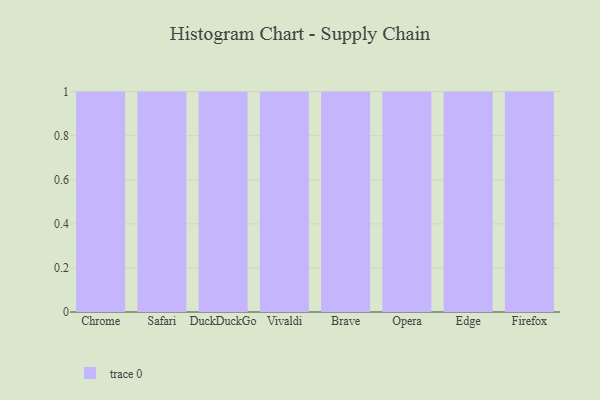
{"axis": {"x": "Browser", "y": "Headcount"}, "legend": [""], "data": [{"x": "Chrome", "y": 64, "type": ""}, {"x": "Safari", "y": 89, "type": ""}, {"x": "DuckDuckGo", "y": 81, "type": ""}, {"x": "Vivaldi", "y": 55, "type": ""}, {"x": "Brave", "y": 25, "type": ""}, {"x": "Opera", "y": 91, "type": ""}, {"x": "Edge", "y": 61, "type": ""}, {"x": "Firefox", "y": 61, "type": ""}]}